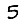
Digit: 5